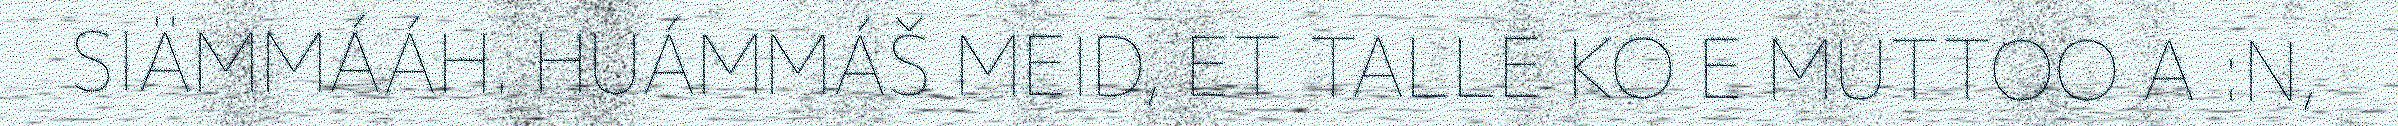
SIÄMMÁÁH. HUÁMMÁŠ MEID, ET TALLE KO E MUTTOO A :N,